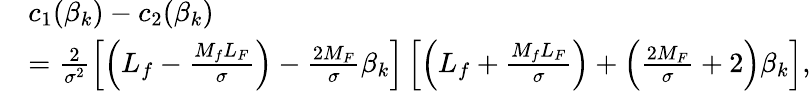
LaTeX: \begin{array}{rl}&{c_{1}(\beta_{k})-c_{2}(\beta_{k})}\\ &{=\frac{2}{\sigma^{2}}\left[\left(L_{f}-\frac{M_{f}L_{F}}{\sigma}\right)-\frac{2M_{F}}{\sigma}\beta_{k}\right]\left[\left(L_{f}+\frac{M_{f}L_{F}}{\sigma}\right)+\left(\frac{2M_{F}}{\sigma}+2\right)\beta_{k}\right],}\end{array}